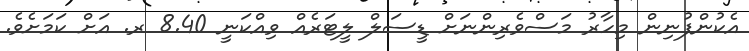
އެކުންފުނިން މިހާރު މަސްވެރިންނަށް ޑީސަލް ލީޓަރެއް ވިއްކަނީ 8.40 ރ. އަށް ކަމަށެވެ.